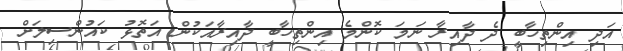
އަދި އިންތިހާބީ ދެ ދާއިރާ ނަމަ ކޮންމެ އިންތިހާބީ ދާއިރާއަކުން އަތޮޅު ކައުންސިލަށް